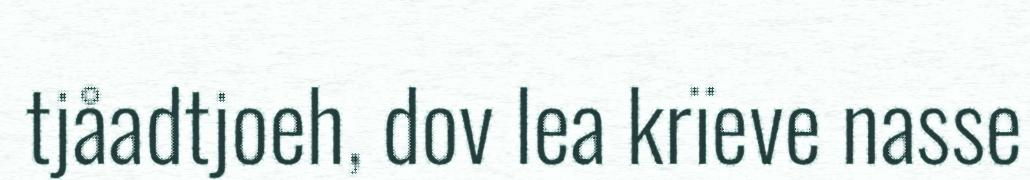
tjåadtjoeh, dov lea krïeve nasse